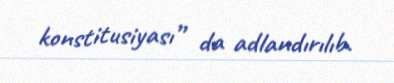
konstitusiyası” da adlandırılıb.